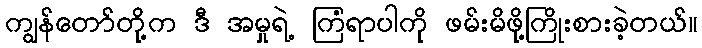
ကျွန်တော်တို့က ဒီ အမှုရဲ့ ကြံရာပါကို ဖမ်းမိဖို့ကြိုးစားခဲ့တယ်။